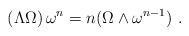
LaTeX: \begin{align*} \left( \Lambda \Omega \right) \omega ^{n}=n(\Omega\wedge \omega ^{n-1})\ .\end{align*}